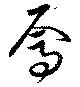
焉